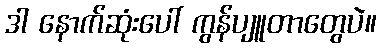
ဒါ နောက်ဆုံးပေါ် ကွန်ပျူတာတွေပဲ။